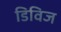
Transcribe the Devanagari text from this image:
डिविज